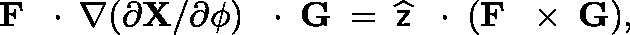
{ \bf F } \, \mathrm { ~ \boldmath ~ \cdot ~ } \, \nabla ( \partial { \bf X } / \partial \phi ) \, \mathrm { ~ \boldmath ~ \cdot ~ } \, { \bf G } \; = \; \widehat { \sf z } \, \mathrm { ~ \boldmath ~ \cdot ~ } \, ( { \bf F } \, \mathrm { ~ \boldmath ~ \times ~ } \, { \bf G } ) ,